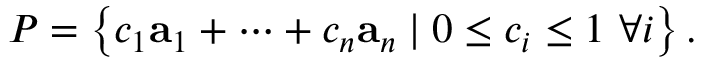
P = \left\{ c _ { 1 } \mathbf { a } _ { 1 } + \cdots + c _ { n } \mathbf { a } _ { n } \mid 0 \leq c _ { i } \leq 1 \ \forall i \right\} .